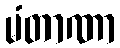
မံတာဏာ